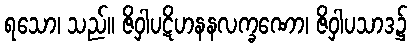
ရသော၊ သည်။ ဇိဝှါပဋိဟနနလက္ခဏော၊ ဇိဝှါပသာဒ၌